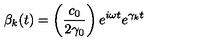
\beta _ { k } ( t ) = \left( \frac { c _ { 0 } } { 2 \gamma _ { 0 } } \right) e ^ { i \omega t } e ^ { \gamma _ { k } t }